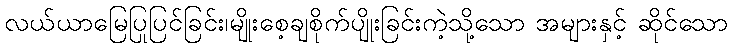
လယ်ယာမြေပြုပြင်ခြင်း၊မျိုးစေ့ချစိုက်ပျိုးခြင်းကဲ့သို့သော အများနှင့် ဆိုင်သော